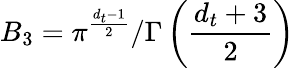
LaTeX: B_{3}=\pi^{\frac{{d_{t}}-1}{2}}/\Gamma\left(\frac{{d_{t}}+3}{2}\right)